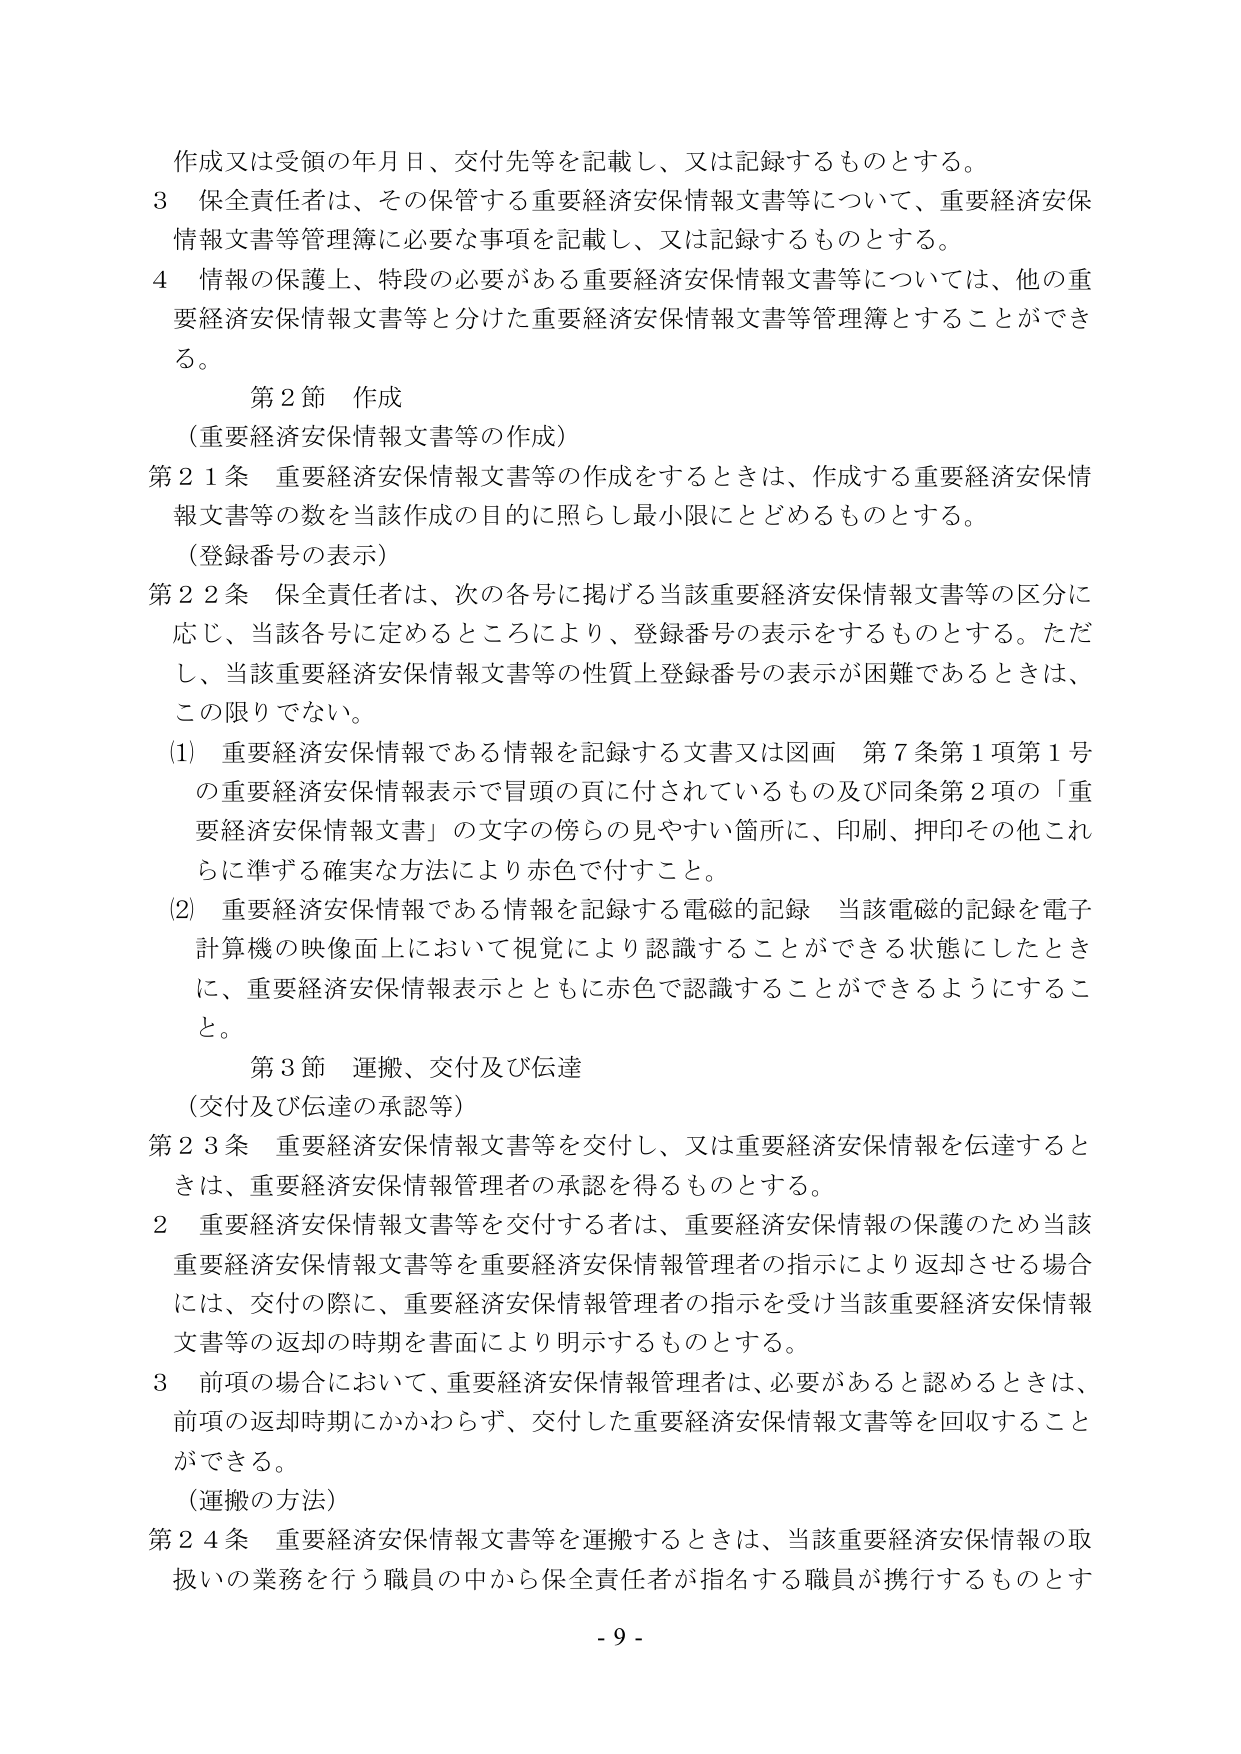
作成又は受領の年月日、交付先等を記載し、又は記録するものとする。
３ 保全責任者は、その保管する重要経済安保情報文書等について、重要経済安保情報文書等管理簿に必要な事項を記載し、又は記録するものとする。
４ 情報の保護上、特段の必要がある重要経済安保情報文書等については、他の重要経済安保情報文書等と分けた重要経済安保情報文書等管理簿とすることができる。
第２節 作成
（重要経済安保情報文書等の作成）
第２１条 重要経済安保情報文書等の作成をするときは、作成する重要経済安保情報文書等の数を当該作成の目的に照らし最小限にとどめるものとする。
（登録番号の表示）
第２２条 保全責任者は、次の各号に掲げる当該重要経済安保情報文書等の区分に応じ、当該各号に定めるところにより、登録番号の表示をするものとする。ただし、当該重要経済安保情報文書等の性質上登録番号の表示が困難であるときは、この限りでない。
(1) 重要経済安保情報である情報を記録する文書又は図画 第７条第１項第１号の重要経済安保情報表示で冒頭の頁に付されているもの及び同条第２項の「重要経済安保情報文書」の文字の傍らの見やすい箇所に、印刷、押印その他これに準ずる確実な方法により赤色で付すこと。
(2) 重要経済安保情報である情報を記録する電磁的記録 当該電磁的記録を電子計算機の映像面上において視覚により認識することができる状態にしたときに、重要経済安保情報表示とともに赤色で認識することができるようにすること。
第３節 運搬、交付及び伝達
（交付及び伝達の承認等）
第２３条 重要経済安保情報文書等を交付し、又は重要経済安保情報を伝達するときは、重要経済安保情報管理者の承認を得るものとする。
２ 重要経済安保情報文書等を交付する者は、重要経済安保情報の保護のため当該重要経済安保情報文書等を重要経済安保情報管理者の指示により返却させる場合には、交付の際に、重要経済安保情報管理者の指示を受け当該重要経済安保情報文書等の返却の時期を書面により明示するものとする。
３ 前項の場合において、重要経済安保情報管理者は、必要があると認めるときは、前項の返却時期にかかわらず、交付した重要経済安保情報文書等を回収することができる。
（運搬の方法）
第２４条 重要経済安保情報文書等を運搬するときは、当該重要経済安保情報の取扱いの業務を行う職員の中から保全責任者が指名する職員が携行するものとす
- 9 -